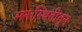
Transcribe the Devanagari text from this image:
मनःस्थितीतून